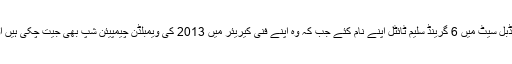
واضح رہے کہ ثانیہ مرزا دنیا کی واحد ٹینس کھلاڑی ہیں جنہوں نے ڈبل سیٹ میں 6 گرینڈ سلیم ٹائٹل اپنے نام کئے جب کہ وہ اپنے فنی کیریئر میں 2013 کی ویمبلڈن چیمپیئن شپ بھی جیت چکی ہیں اور اپنی کامیابی کی بدولت بہت سے ایوارڈز بھی حاصل کر چکی ہیں۔